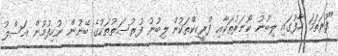
"ފުރަތަމަ ހާފުގައި ލިބުނު ކޯނަރުތަކާއި ފްރީކިކްތަކުން ލިބުނު ފުރުސަތުތަކުގެ ބޭނުން ނުހިފުމުން އަސްލު